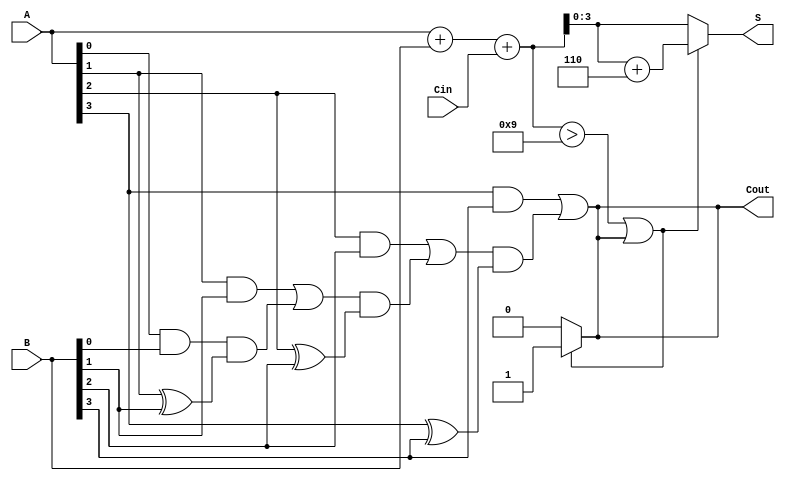
module BCD_Carry_Lookahead_Adder (
    input  [3:0] A,      // First BCD digit
    input  [3:0] B,      // Second BCD digit
    input        Cin,     // Carry input
    output reg [3:0] S,   // BCD sum output
    output reg Cout       // Carry output
);

    wire [4:0] sum;       // Intermediate sum (5 bits to accommodate carry)
    wire [3:0] carry;     // Carry signals for each bit position

    // Initial binary addition
    assign sum = A + B + Cin;

    // Generate carry signals
    assign carry[0] = A[0] & B[0]; // C0
    assign carry[1] = (A[1] & B[1]) | (carry[0] & (A[1] ^ B[1])); // C1
    assign carry[2] = (A[2] & B[2]) | (carry[1] & (A[2] ^ B[2])); // C2
    assign carry[3] = (A[3] & B[3]) | (carry[2] & (A[3] ^ B[3])); // C3

    // Determine final carry out
    assign Cout = carry[3];

    // BCD correction logic
    always @(*) begin
        if (sum > 9 || Cout) begin
            S = sum + 4'b0110; // Add 6 to correct BCD
            Cout = 1;          // Set carry out
        end else begin
            S = sum[3:0];      // No correction needed
            Cout = 0;          // No carry out
        end
    end

endmodule